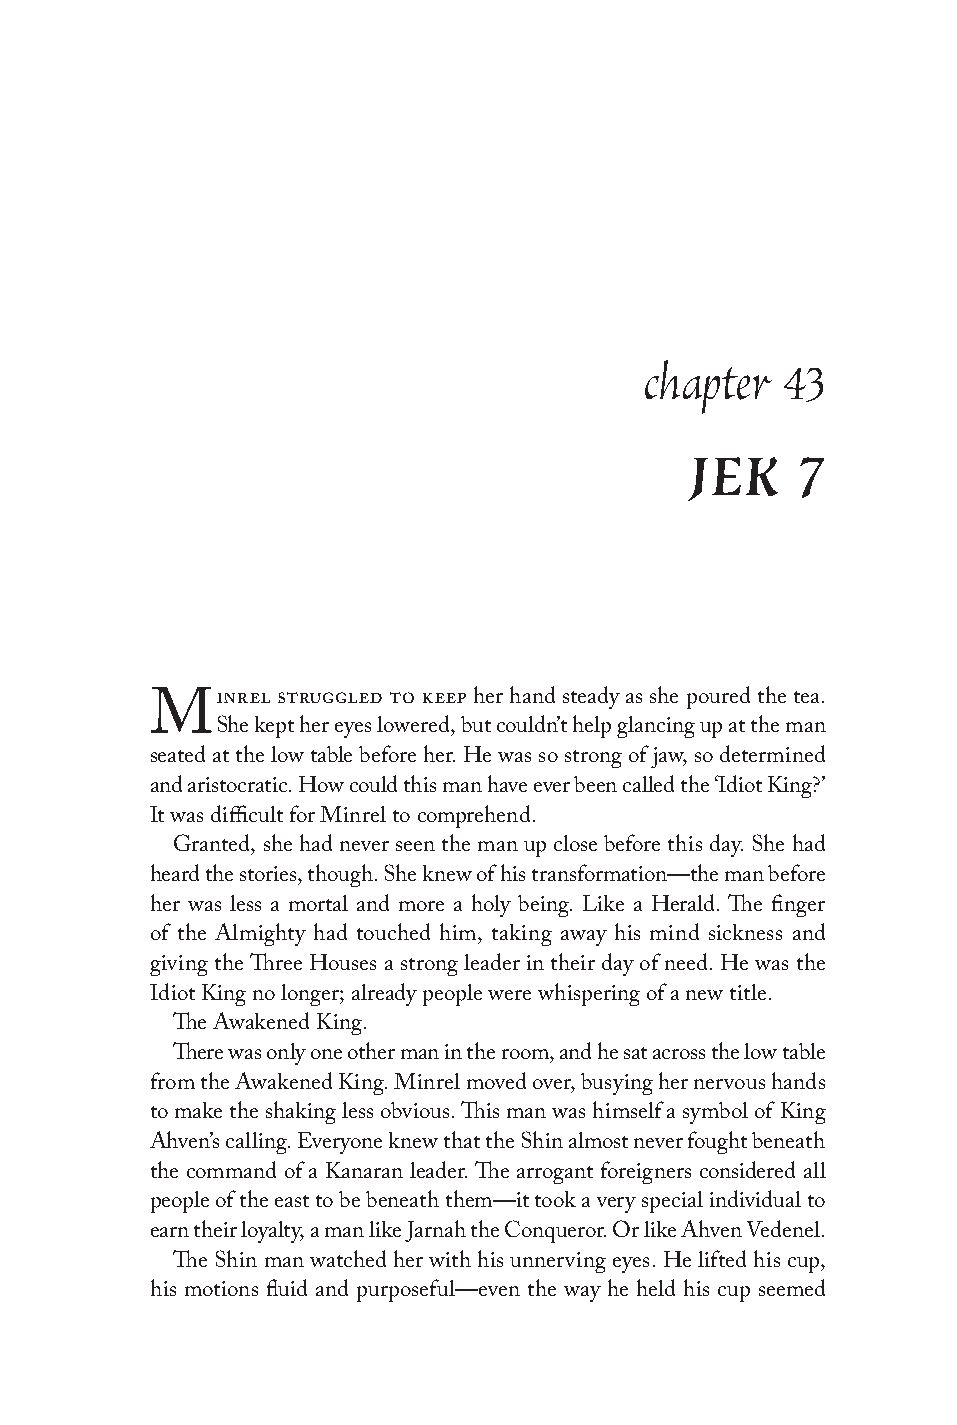
chapter  43
 JEK    7
 inrel struggled to keep her hand steady as she poured the tea.
 M
 She kept her eyes lowered, but couldn’t help glancing up at the man
 seated at the low table before her. He was so strong of jaw, so determined
 and aristocratic. How could this man have ever been called the ‘Idiot King?’
 It was difficult for Minrel to comprehend.
 Granted, she had never seen the man up close before this day. She had
 heard the stories, though. She knew of his transformation—the man before
 her was less a mortal and more a holy being. Like a Herald. The finger
 of the Almighty had touched him, taking away his mind sickness and
 giving the Three Houses a strong leader in their day of need. He was the
 Idiot King no longer; already people were whispering of a new title.
 The Awakened King.
 There was only one other man in the room, and he sat across the low table
 from the Awakened King. Minrel moved over, busying her nervous hands
 to make the shaking less obvious. This man was himself a symbol of King
 Ahven’s calling. Everyone knew that the Shin almost never fought beneath
 the command of a Kanaran leader. The arrogant foreigners considered all
 people of the east to be beneath them—it took a very special individual to
 earn their loyalty, a man like Jarnah the Conqueror. Or like Ahven Vedenel.
 The Shin man watched her with his unnerving eyes. He lifted his cup,
 his motions fluid and purposeful—even the way he held his cup seemed